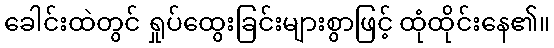
ခေါင်းထဲတွင် ရှုပ်ထွေးခြင်းများစွာဖြင့် ထုံထိုင်းနေ၏။